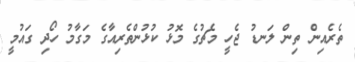
ތެރެއިން ތިން ލަނޑު ޖެހީ މެޗުގެ މޮޅު ކުޅުންތެރިއާގެ މަގާމު ހޯދި ގައުމީ